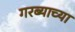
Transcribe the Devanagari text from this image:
गरब्याच्या